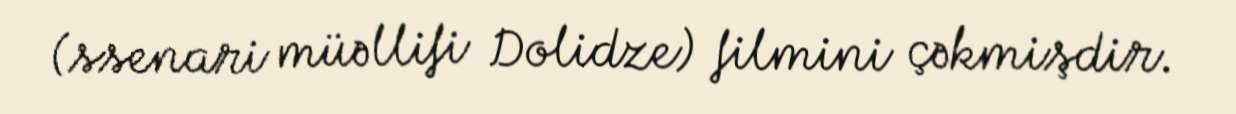
(ssenari müəllifi Dolidze) filmini çəkmişdir.